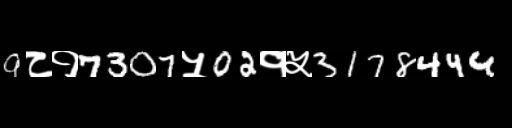
Text: 9८१7307५02१५3178444